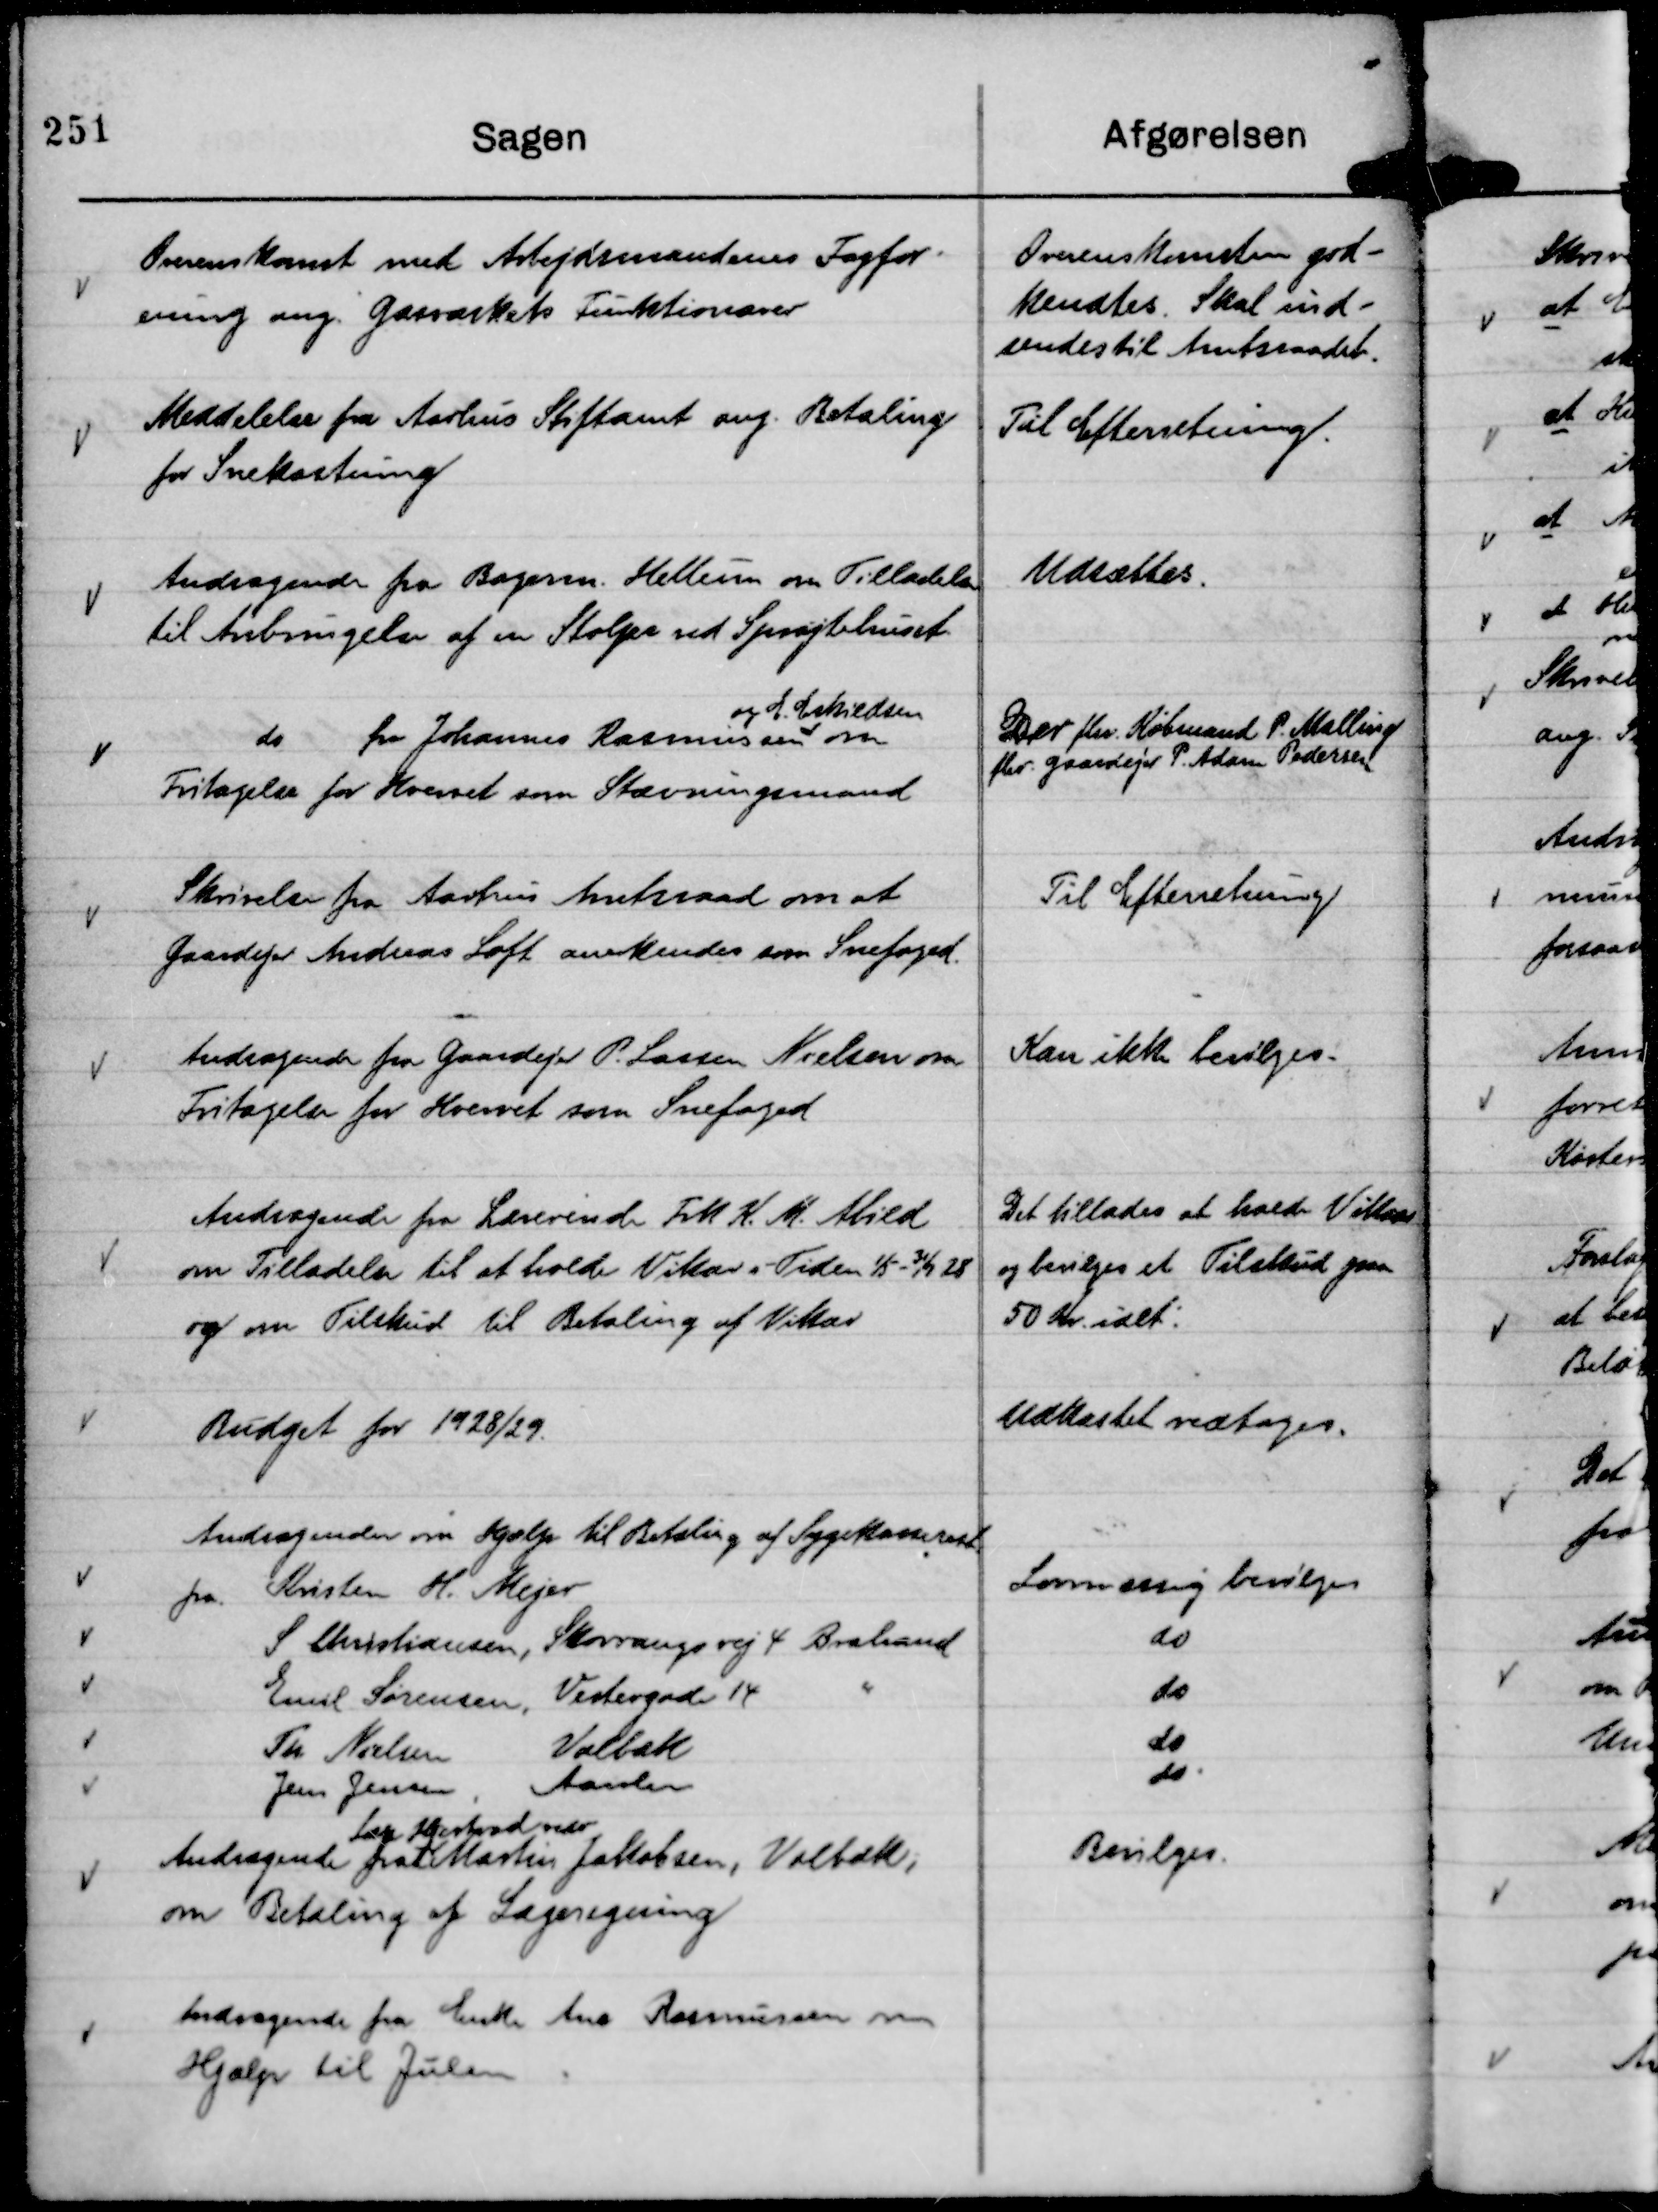
Transskription:
Overenskomst med Arbejdsmændenes Fagfor-
ening ang. Gasværkets Funktionærer

Overenskomsten god-
kendtes. Skal ind-
sendes til Amtsraadet.

Meddelelse fra Aarhus Stiftamt ang. Betaling
for Snekastning

Til Efterretning.

Andragende fra Bagerm. Hellesen om Tilladelse
til Anbringelse af en Stolpe ved Sprøjtehuset.

Udsættes.

do fra Johannes Rasmussen
og E. Eskildsen
om
Fritagelse fra Hvervet som Stævningsmand

Der fhv. Købmand P. Malling
fhv. Gaardejer P. Adam Pedersen

Skrivelse fra Aarhus Amtsraad om at
Gaardejer Andreas Loft anerkendes som Snefoged.

Til Efterretning

Andragende fra Gaardejer P. Lassen Nielsen om
Fritagelse for Hvervet som Snefoged

Kan ikke bevilges.

Andragende fra Lærerinde Frk K. M. Abild
om Tilladelse til at holde Vikar i Tiden 1/5 - 31/7 28
og om Tilskud til Betaling af Vikar

Det tillades at holde Vikar
og bevilges et Tilskud paa
50 Kr. ialt.

Budget 1928/29.

Udkastet vedtoges.

Andragende fra
Læge Marstrand vedr
Martin Jakobsen, Volbæk;
om Betaling af Lægeregning

Bevilges.

Andragende fra Enke Ane Rasmussen om
Hjælp til Julen